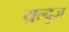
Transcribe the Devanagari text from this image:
युल्दुज़